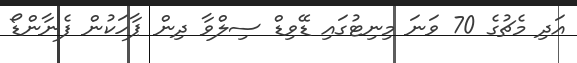
އަދި މެޗުގެ 70 ވަނަ މިނިޓުގައި ޑޭވިޑް ސިލްވާ ދިން ޕާހަކުން ފެނާންޑޯ